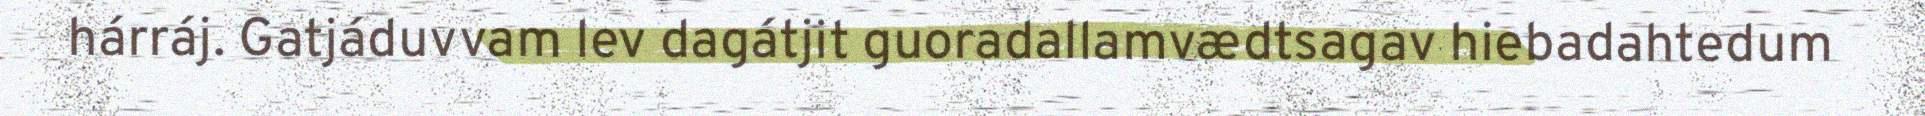
hárráj. Gatjáduvvam lev dagátjit guoradallamvædtsagav hiebadahtedum